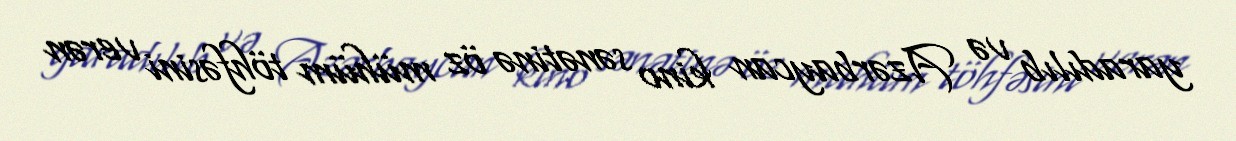
yaradılıb və Azərbaycan kino sənətinə öz mühüm töhfəsini verən